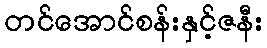
တင်အောင်စန်းနှင့်ဇနီး